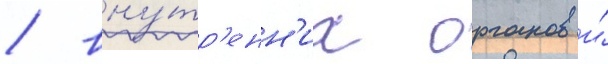
/ вну́тр'енн'их органов и́